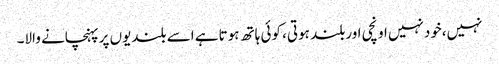
نہیں،خودنہیں اونچی اوربلند ہوتی، کوئی ہاتھ ہوتاہے اسے بلندیوں پرپہنچانے والا۔